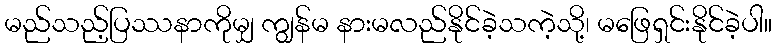
မည်သည့်ပြဿနာကိုမျှ ကျွန်မ နားမလည်နိုင်ခဲ့သကဲ့သို့၊ မဖြေရှင်းနိုင်ခဲ့ပါ။